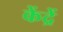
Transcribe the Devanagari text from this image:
केंद्रें